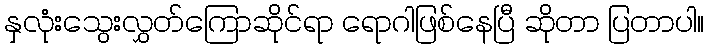
နှလုံးသွေးလွှတ်ကြောဆိုင်ရာ ရောဂါဖြစ်နေပြီ ဆိုတာ ပြတာပါ။